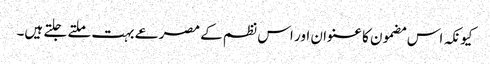
کیونکہ اس مضمون کا عنوان اور اس نظم کے مصرعے بہت ملتے جلتے ہیں۔